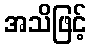
အသိဖြင့်